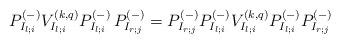
LaTeX: \begin{align*}P^{(-)}_{I_{l;i}}V^{(k,q)}_{I_{l;i}}P^{(-)}_{I_{l;i}}\,P^{(-)}_{I_{r;j}}=P^{(-)}_{I_{r;j}}P^{(-)}_{I_{l;i}}V^{(k,q)}_{I_{l;i}}P^{(-)}_{I_{l;i}}P^{(-)}_{I_{r;j}}\end{align*}